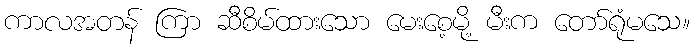
ကာလအတန် ကြာ ဆီစိမ်ထားသော မေးစေ့မို့ မီးက တော်ရုံမသေ။